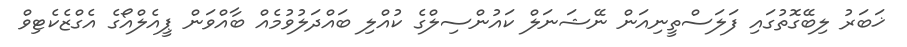
ޚަބަރު ލިބޭގޮތުގައި ފަލަސްތީނިއަން ނޭޝަނަލް ކައުންސިލްގެ ކުއްލި ބައްދަލުވުމެއް ބާއްވަން ޕީއެލްއޯގެ އެގްޒެކެޓިވް